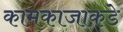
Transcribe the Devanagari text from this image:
कामकाजाकडे